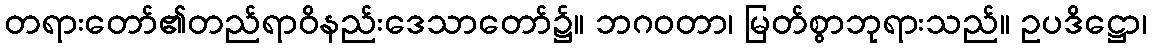
တရားတော်၏တည်ရာဝိနည်းဒေသာတော်၌။ ဘဂဝတာ၊ မြတ်စွာဘုရားသည်။ ဥပဒိဋ္ဌော၊